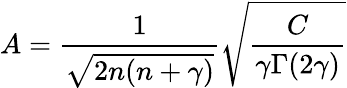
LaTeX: A={\frac{1}{\sqrt{2n(n+\gamma)}}}{\sqrt{\frac{C}{\gamma\Gamma(2\gamma)}}}